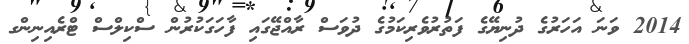
2014 ވަނަ އަހަރުގެ ދުނިޔޭގެ ފަތުރުވެރިކަމުގެ ދުވަސް ރާއްޖޭގައި ފާހަގަކުރުން ސްކިލްސް ޓްރެއިނިންގ